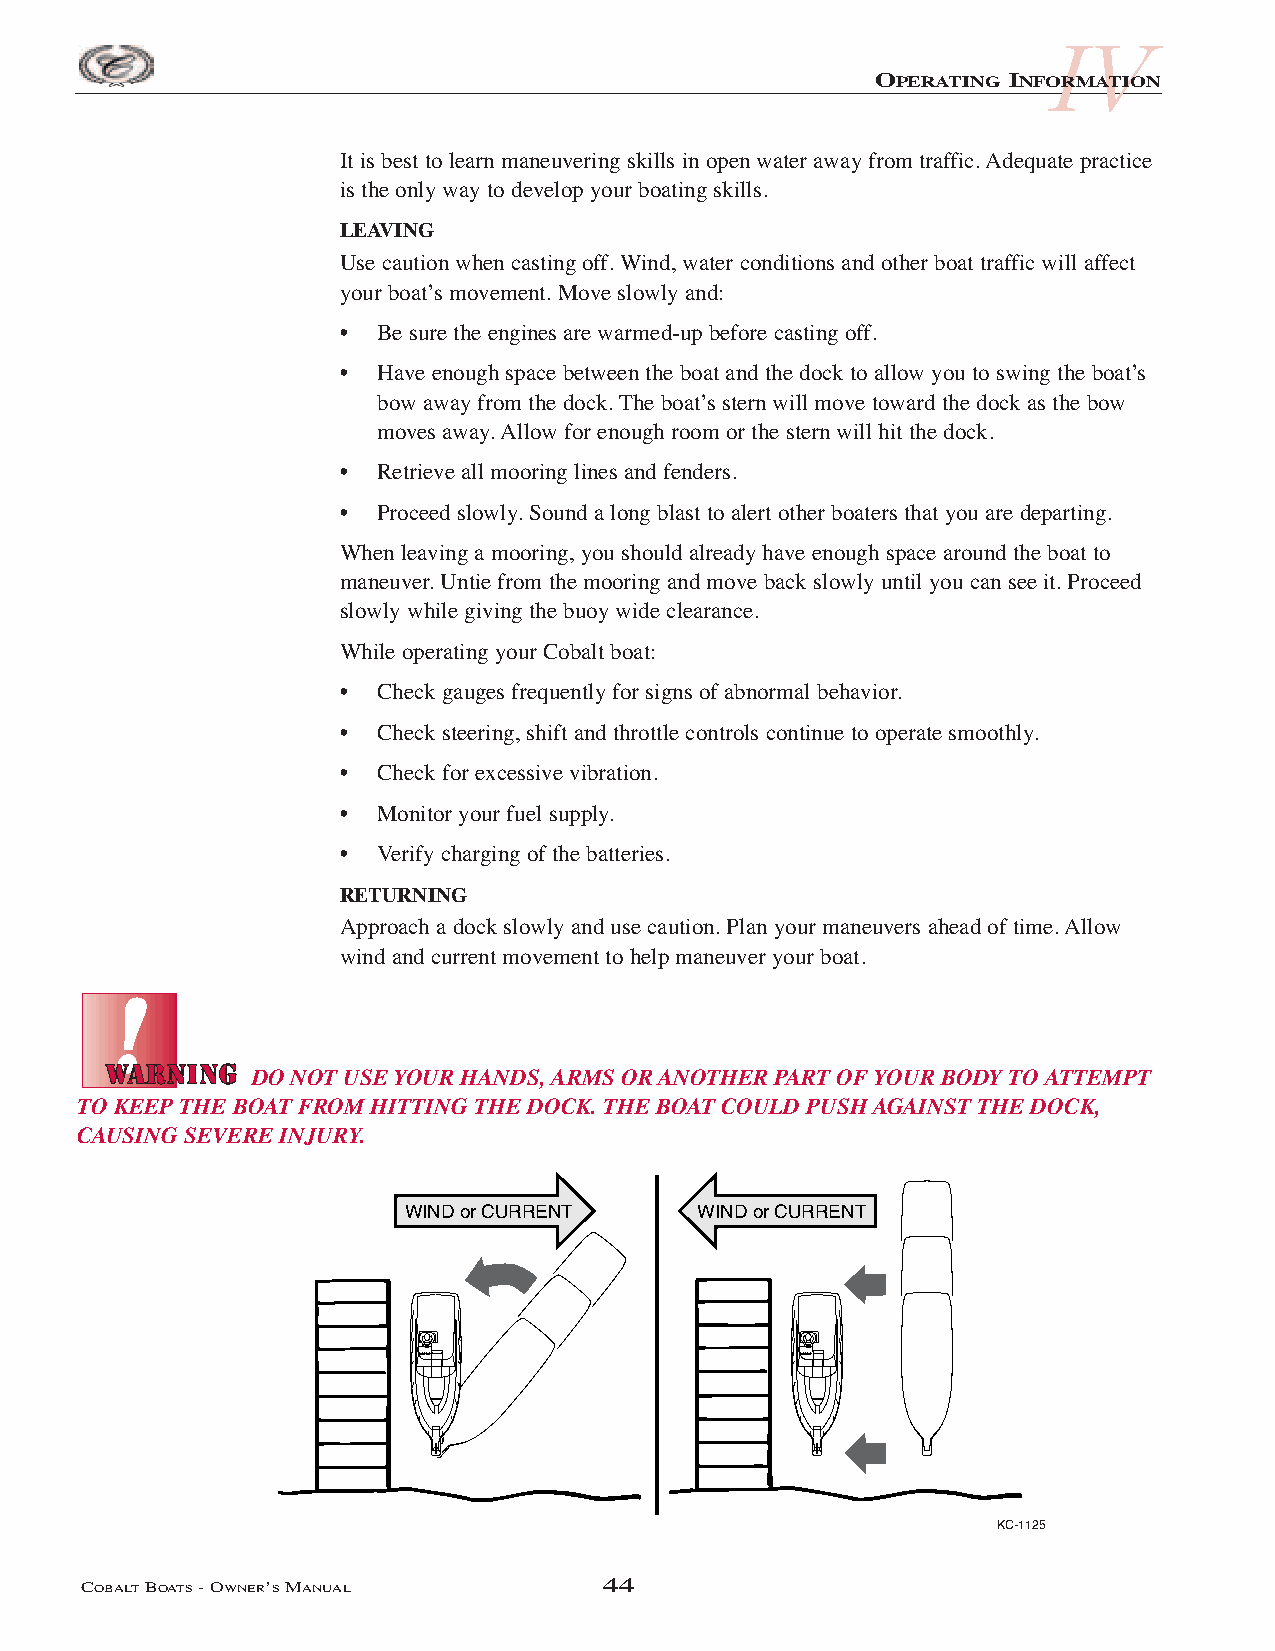
IV
 OPERATING INFORMATION
 It is best to learn maneuvering skills in open water away from traffic. Adequate practice
 is the only way to develop your boating skills.
 LEAVING
 Use caution when casting off. Wind, water conditions and other boat traffic will affect
 your boat’s movement. Move slowly and:
 •  Be sure the engines are warmed-up before casting off.
 •  Have enough space between the boat and the dock to allow you to swing the boat’s
 bow away from the dock. The boat’s stern will move toward the dock as the bow
 moves away. Allow for enough room or the stern will hit the dock.
 •  Retrieve all mooring lines and fenders.
 •  Proceed slowly. Sound a long blast to alert other boaters that you are departing.
 When leaving a mooring, you should already have enough space around the boat to
 maneuver. Untie from the mooring and move back slowly until you can see it. Proceed
 slowly while giving the buoy wide clearance.
 While operating your Cobalt boat:
 •  Check gauges frequently for signs of abnormal behavior.
 •  Check steering, shift and throttle controls continue to operate smoothly.
 •  Check for excessive vibration.
 •  Monitor your fuel supply.
 •  Verify charging of the batteries.
 RETURNING
 Approach a dock slowly and use caution. Plan your maneuvers ahead of time. Allow
 wind and current movement to help maneuver your boat.
 DO NOT USE YOUR HANDS, ARMS OR ANOTHER PART OF YOUR BODY TO ATTEMPT
 TO KEEP THE BOAT FROM HITTING THE DOCK. THE BOAT COULD PUSH AGAINST THE DOCK,
 CAUSING SEVERE INJURY.
 WIND or CURRENT    WIND or CURRENT
 KC-1125
 COBALTBOATS- OWNER’SMANUAL         44